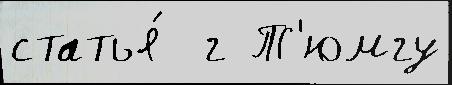
статья́  г Т'юмгу